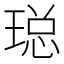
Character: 𮴨